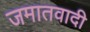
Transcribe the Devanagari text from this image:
जमातवादी